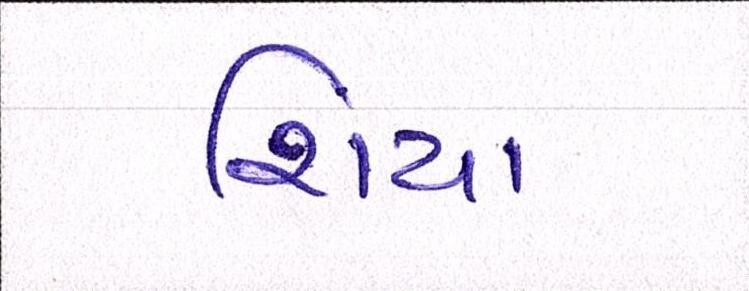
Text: શિયા